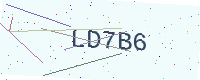
Text: LD7B6